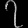
Digit: ၇